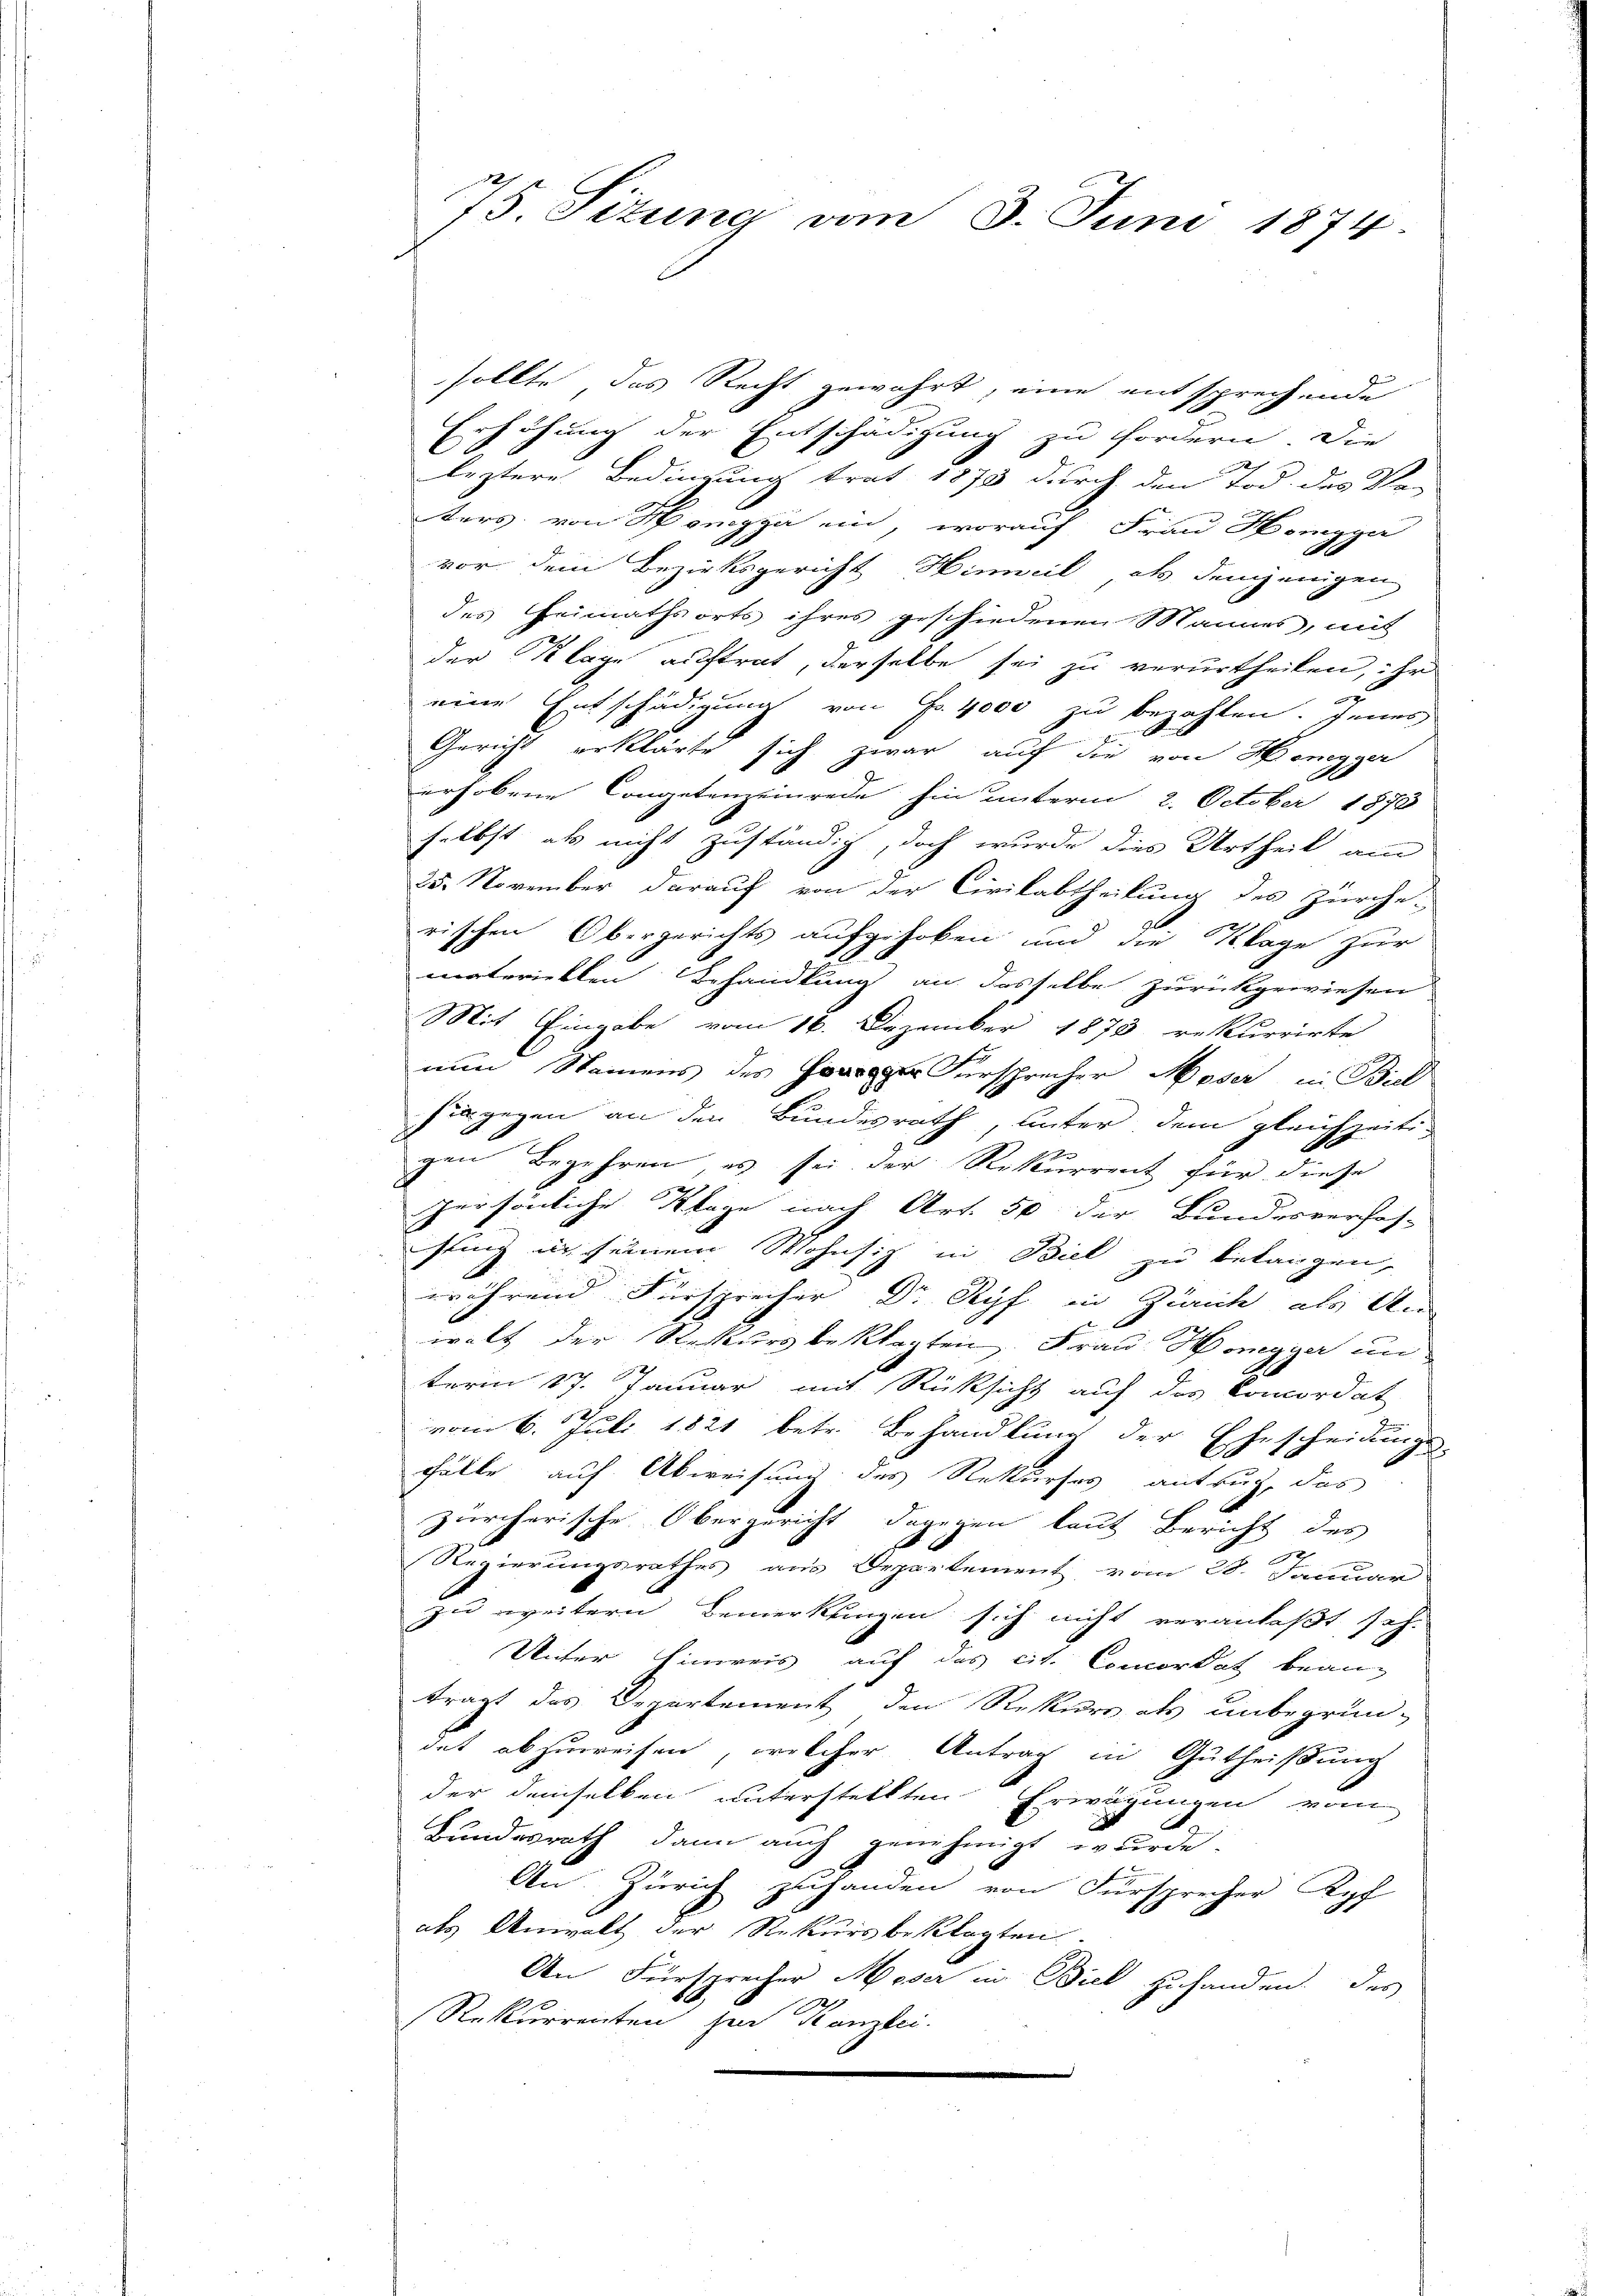
75. Situng vom 3. Juni 1874.

sollte das Recht gewährt, eine entsprechende
Erhöhung der Entschädigung zu fordern. Die
leztere Bedingung trat 1873 durch den Tod. des Re-
ters von Honegger ein, worauf Frau Honegger
vor dem Bezirksgericht Hinweil als demjenigen
des Heimathsorts ihres geschiedenen Mannes, mit
der Klage auftrat, derselbe sei zu verurtheilen, ihr
eine Entschädigung von Fr. 4000 zu bezahlen. Inner
Gericht erklärte sich zwar auf die von Honegger
erhobene Congetenzeinrede hin unterm 2. October 1873
selbst als nicht zuständig, doch wurde dies Urtheil am
25. November darauf von der Civilabtheilung des Zürche-
rischen Obergerichts aufgehoben und die Klage zur
materiellen Behandlung an dasselbe zurückgewiesen
Mit Eingabe vom 16. Dezember 1873 rekurrirte
nun Namens des Horger Fürsprecher Moser in Biel
sie gegen an den Bundesrath, unter dem gleichzeitigen Begehren, es sei der Rekurrent für diese
persönliche Klage nach Art. 50 der Bundesverhof-
fling in seinem Wohnsitz in Biel zu belangen,
während Fürsprecher Dr Ryf in Zürich als An
walt der Steckursbeklagten Frau Hengger un
term 17. Januar mit Rüksicht auf des Concordat
vom 6. Juli 1821 betr. Behandlung der Ehescheidungs-
Fälle auf Abweisung des Rekurses antrug, das
zürcherische Obergericht dagegen laut Bericht des
Regierungsrathes aus Departement vom 28. Januar
zu weitern Bemerkungen sich nicht veranlaßt seh
Unter hinweis auf das cit. Concordat bean
trägt das Departement den Rekurs als unbegrün-
det abzuweisen, welcher Antrag in Gutheißung
der demselben unterstellten Erwägungen vom
Bundesrath dann auch genehmigt wurde.
An Zürich zuhanden von Fürsprecher Kof
als Anwalt der Rekursbeklagten.
An Fürsprecher Moser in Biel zuhanden, des
Rekurrenten zur Kanzlei.